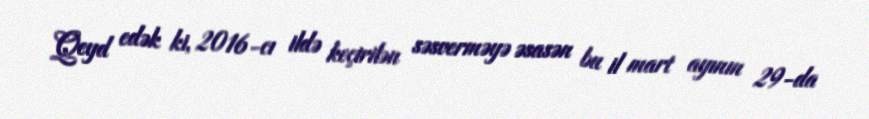
Qeyd edək ki, 2016-cı ildə keçirilən səsverməyə əsasən bu il mart ayının 29-da